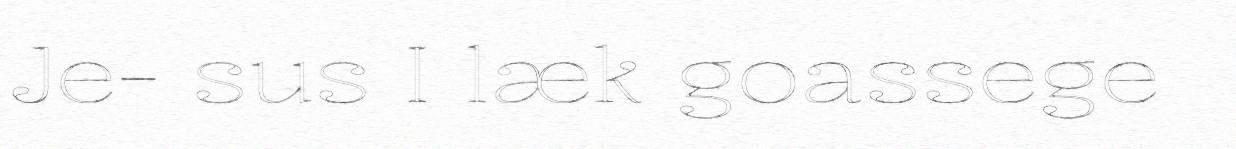
Je- sus I læk goassege